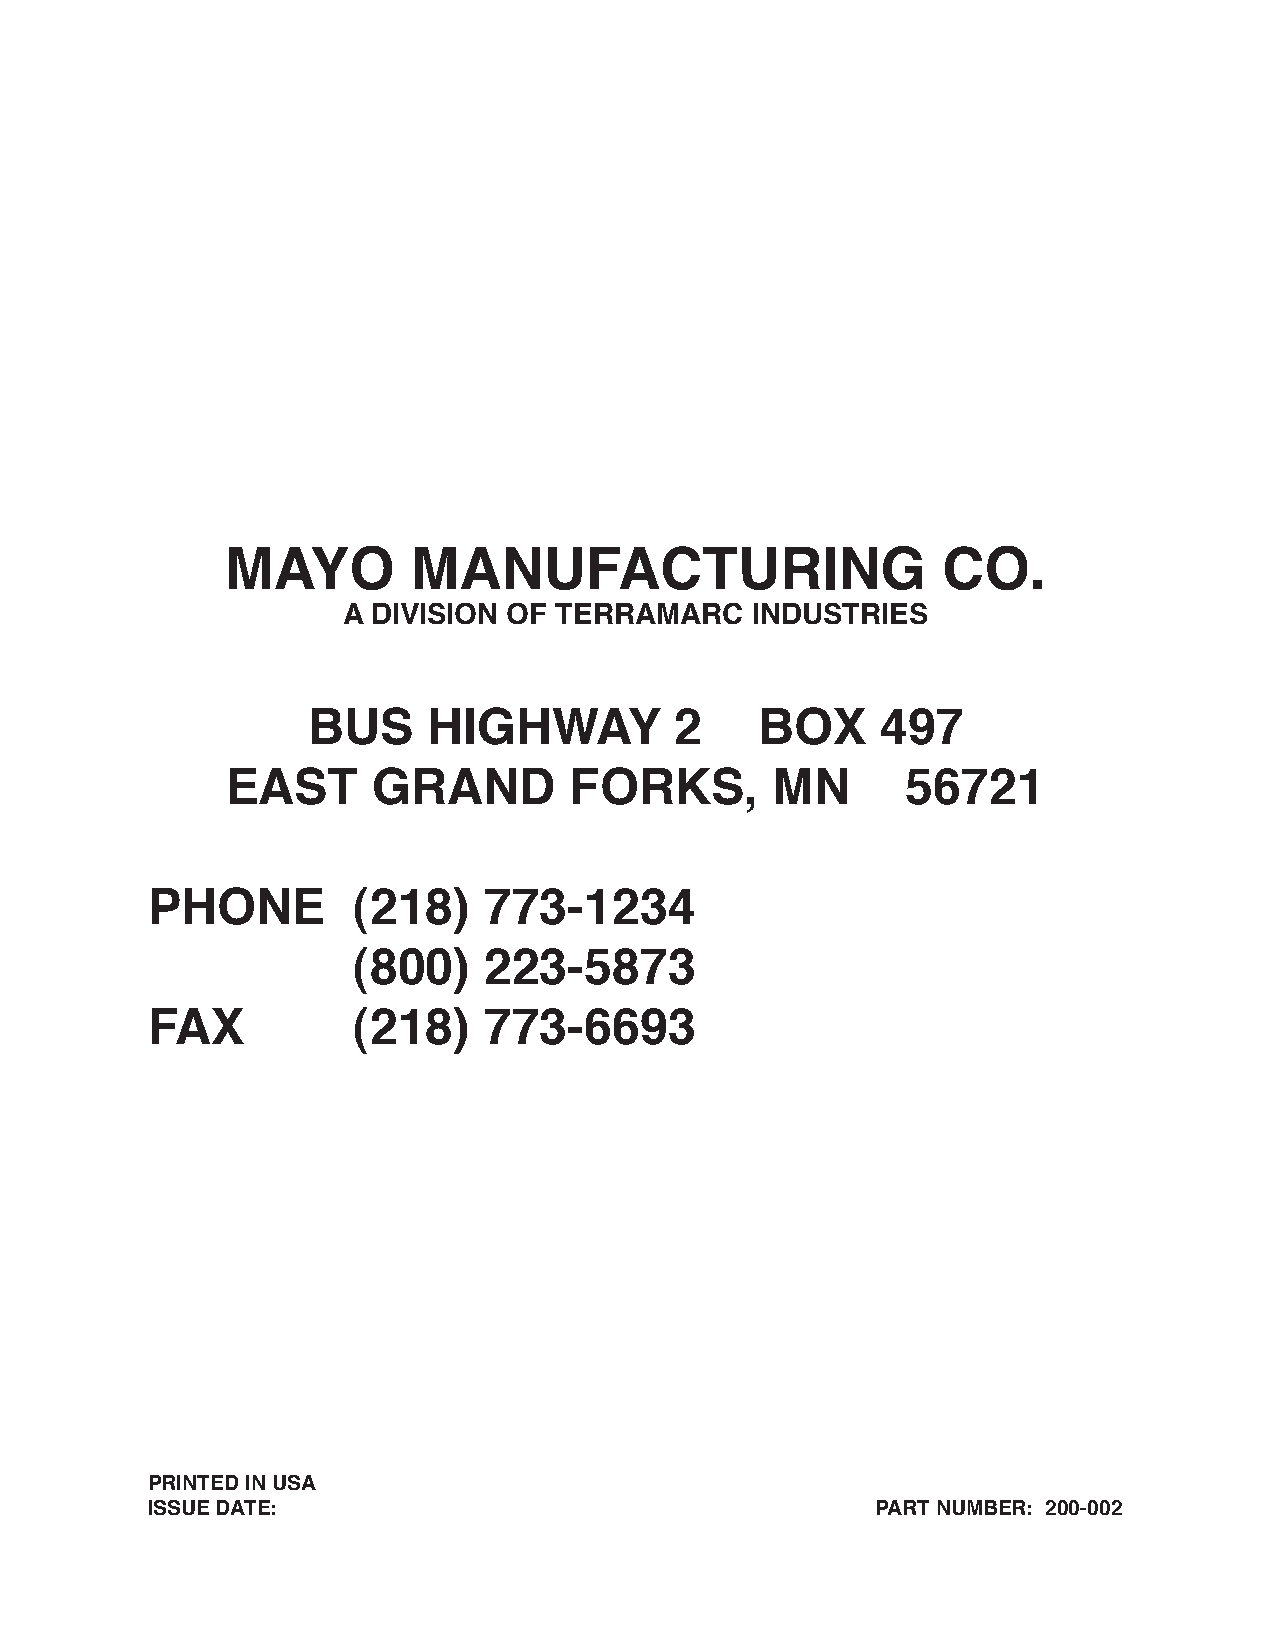
MAYO        MANUFACTURING                      CO.
 A DIVISION OF TERRAMARC    INDUSTRIES
 BUS     HIGHWAY          2    BOX     497
 EAST      GRAND        FORKS,       MN       56721
 PHONE        (218)    773-1234
 (800)    223-5873
 FAX          (218)    773-6693
 PRINTED IN USA
 ISSUE DATE:                                     PART NUMBER: 200-002